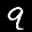
Label: 9